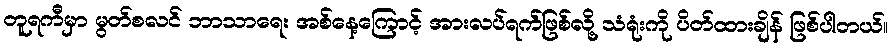
တူရကီမှာ မွတ်စလင် ဘာသာရေး အစ်နေ့ကြောင့် အားလပ်ရက်ဖြစ်လို့ သံရုံးကို ပိတ်ထားချိန် ဖြစ်ပါတယ်။